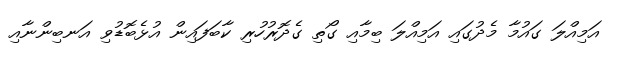
އަމިއްލަ ގައުމާ މެދުގައި އަމިއްލަ ބިމާއި ގޯތި ގެދޮރުހުރި ކާބަފައިން އުޅެބޮޑުވި އަނބިންނާއި